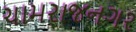
ચામરાજનગર